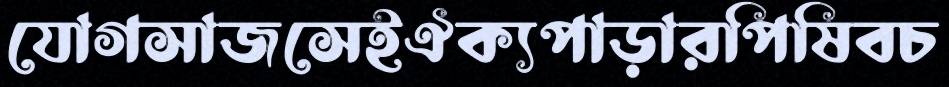
যোগসাজসেইঐক্যপাড়ারপিষিবচ